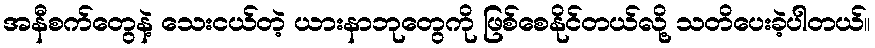
အနီစက်တွေနဲ့ သေးငယ်တဲ့ ယားနာဘုတွေကို ဖြစ်စေနိုင်တယ်လို့ သတိပေးခဲ့ပါတယ်။